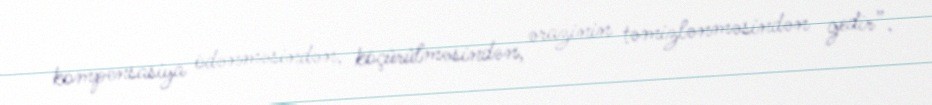
kompensasiya ödənməsindən, köçürülməsindən, ərazinin təmizlənməsindən gedir”.